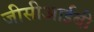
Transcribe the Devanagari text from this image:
जीसीआईबी